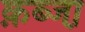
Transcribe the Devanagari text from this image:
क़ब्जा़